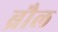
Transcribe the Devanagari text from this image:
ब्रौल